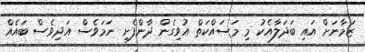
ޒަމާނަށް އައި ބަދަލާއެކު މި މަސައްކަތް އުވިގެން ދާންފެށި ނަމަވެސް އަދިވެސް ބައެއް